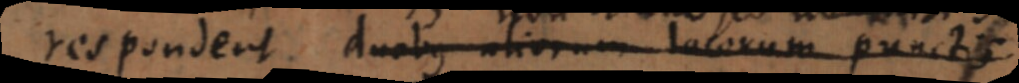
spondent duobus aliorum locorum punctis